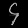
Digit: ၄